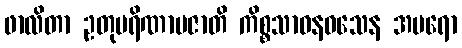
ဖာလိတာ ဥတုပရိဏာမဇာတိ ကိစ္စသာဓနဝသေန အပရော